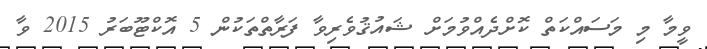
ވީމާ މި މަސައްކަތް ކޮށްދެއްވުމަށް ޝައުޤުވެރިވާ ފަރާތްތަކުން 5 އޮކްޓޫބަރު 2015 ވާ